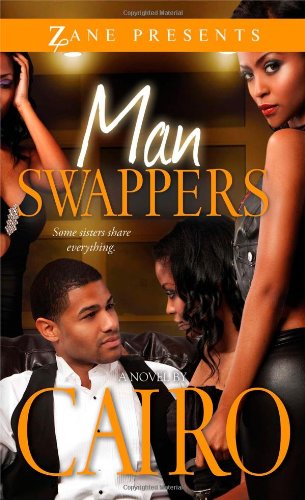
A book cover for Man Swappers: A Novel (Zane Presents); Cairo; Romance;